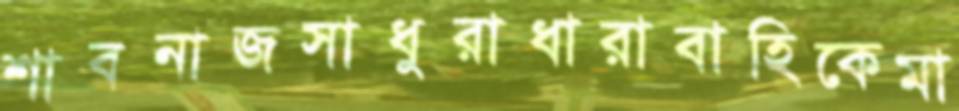
শাবনাজসাধুরাধারাবাহিকেমা